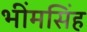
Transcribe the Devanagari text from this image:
भींमसिंह